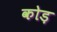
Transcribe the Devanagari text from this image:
कोड़